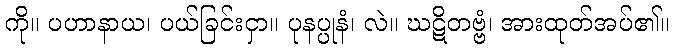
ကို။ ပဟာနာယ၊ ပယ်ခြင်းငှာ။ ပုနပ္ပုနံ၊ လဲ။ ဃဋိတဗ္ဗံ၊ အားထုတ်အပ်၏။